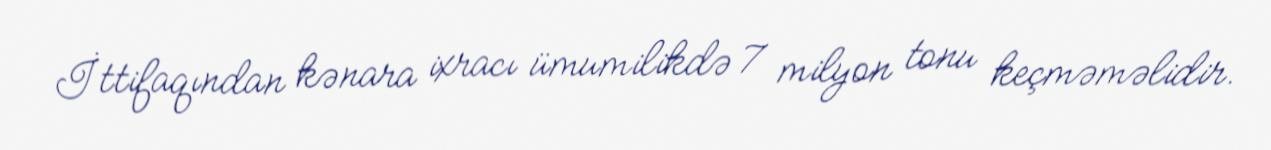
İttifaqından kənara ixracı ümumilikdə 7 milyon tonu keçməməlidir.